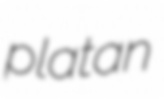
platan